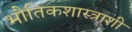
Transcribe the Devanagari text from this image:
भौतिकशास्त्राशी